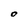
Character: O